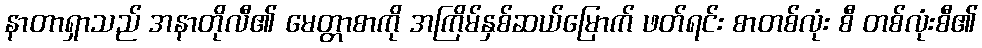
နာတာရှာသည် အနာတိုလီ၏ မေတ္တာစာကို အကြိမ်နှစ်ဆယ်မြောက် ဖတ်ရင်း စာတစ်လုံး စီ တစ်လုံးစီ၏